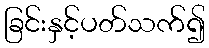
ခြင်းနှင့်ပတ်သက်၍